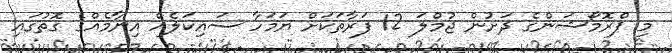
މި ޕްރޮމޯޝަންގެ ދަށުން ޖުމްލަ 12 ފަރާތަކަށް ޔަމަހާ ސައިކަލެއް އިނާމެއްގެ ގޮތުގައި